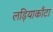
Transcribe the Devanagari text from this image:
लड़ियाकाँटा